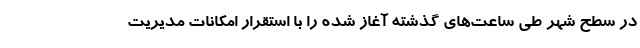
در سطح شهر طی ساعت‌های گذشته آغاز شده را با استقرار امکانات مدیریت